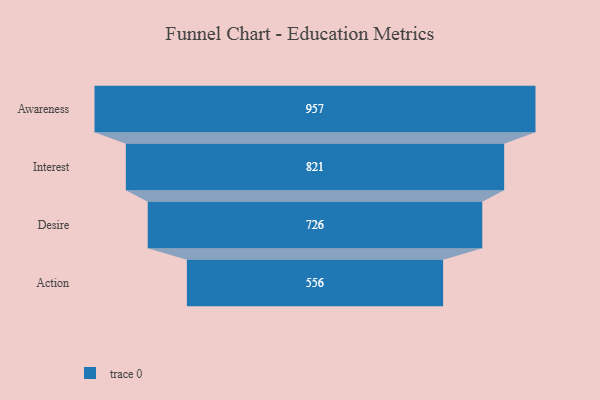
{"axis": {"x": "Stage", "y": "Value"}, "legend": [""], "data": [{"x": "Awareness", "y": 957.0, "type": ""}, {"x": "Interest", "y": 821.0, "type": ""}, {"x": "Desire", "y": 726.0, "type": ""}, {"x": "Action", "y": 556.0, "type": ""}]}